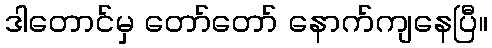
ဒါတောင်မှ တော်တော် နောက်ကျနေပြီ။